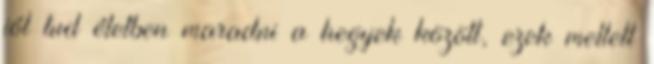
jól tud életben maradni a hegyek között, ezek mellett